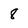
Character: 8